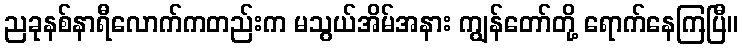
ညခုနစ်နာရီလောက်ကတည်းက မသွယ်အိမ်အနား ကျွန်တော်တို့ ရောက်နေကြပြီ။